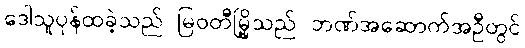
ဒေါသူပုန်ထခဲ့သည် မြဝတီမြို့သည် ဘဏ်အဆောက်အဦတွင်